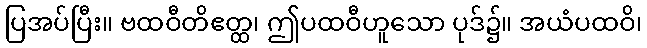
ပြအပ်ပြီး။ ဗထဝီတိဧတ္ထ၊ ဤပထဝီဟူသော ပုဒ်၌။ အယံပထဝိ၊